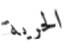
الحرية